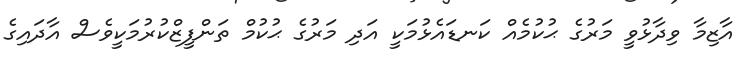
އާޒިމާ ވިދާޅުވީ މަރުގެ ޙުކުމެއް ކަނޑައެޅުމަކީ އަދި މަރުގެ ޙުކުމް ތަންފީޒްކުރުމަކީވެސް އާދައިގެ